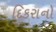
દિકરાનો